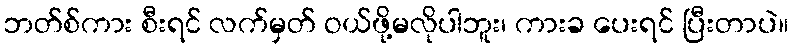
ဘတ်စ်ကား စီးရင် လက်မှတ် ဝယ်ဖို့မလိုပါဘူး၊ ကားခ ပေးရင် ပြီးတာပဲ။